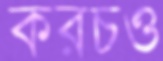
করচও